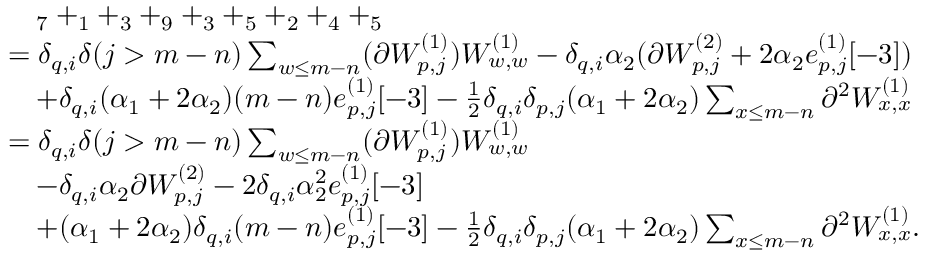
\begin{array} { r l } & { \quad _ { 7 } + _ { 1 } + _ { 3 } + _ { 9 } + _ { 3 } + _ { 5 } + _ { 2 } + _ { 4 } + _ { 5 } } \\ & { = \delta _ { q , i } \delta ( j > m - n ) \sum _ { w \leq m - n } ( \partial W _ { p , j } ^ { ( 1 ) } ) W _ { w , w } ^ { ( 1 ) } - \delta _ { q , i } \alpha _ { 2 } ( \partial W _ { p , j } ^ { ( 2 ) } + 2 \alpha _ { 2 } e _ { p , j } ^ { ( 1 ) } [ - 3 ] ) } \\ & { \quad + \delta _ { q , i } ( \alpha _ { 1 } + 2 \alpha _ { 2 } ) ( m - n ) e _ { p , j } ^ { ( 1 ) } [ - 3 ] - \frac { 1 } { 2 } \delta _ { q , i } \delta _ { p , j } ( \alpha _ { 1 } + 2 \alpha _ { 2 } ) \sum _ { x \leq m - n } \partial ^ { 2 } W _ { x , x } ^ { ( 1 ) } } \\ & { = \delta _ { q , i } \delta ( j > m - n ) \sum _ { w \leq m - n } ( \partial W _ { p , j } ^ { ( 1 ) } ) W _ { w , w } ^ { ( 1 ) } } \\ & { \quad - \delta _ { q , i } \alpha _ { 2 } \partial W _ { p , j } ^ { ( 2 ) } - 2 \delta _ { q , i } \alpha _ { 2 } ^ { 2 } e _ { p , j } ^ { ( 1 ) } [ - 3 ] } \\ & { \quad + ( \alpha _ { 1 } + 2 \alpha _ { 2 } ) \delta _ { q , i } ( m - n ) e _ { p , j } ^ { ( 1 ) } [ - 3 ] - \frac { 1 } { 2 } \delta _ { q , i } \delta _ { p , j } ( \alpha _ { 1 } + 2 \alpha _ { 2 } ) \sum _ { x \leq m - n } \partial ^ { 2 } W _ { x , x } ^ { ( 1 ) } . } \end{array}